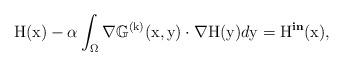
LaTeX: \begin{align*}\mathrm{H}(\mathrm{x}) - \alpha \int_\Omega \nabla\mathbb{G}^{(\mathrm{k})}(\mathrm{x},\mathrm{y})\cdot\nabla \mathrm{H}(\mathrm{y}) d\mathrm{y} = \mathrm{H}^{\textbf{in}}(\mathrm{x}),\end{align*}